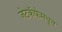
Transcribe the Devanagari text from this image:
जेटकॅफेमधून